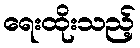
ရေးထိုးသည့်